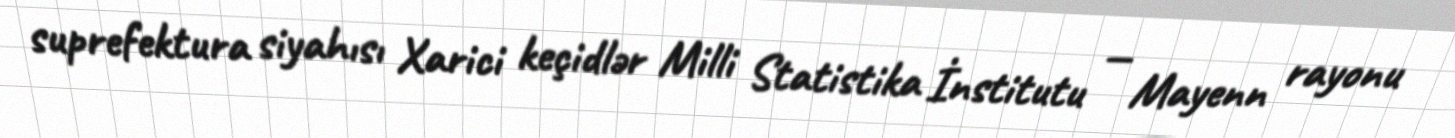
suprefektura siyahısı Xarici keçidlər Milli Statistika İnstitutu — Mayenn rayonu